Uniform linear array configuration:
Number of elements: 24
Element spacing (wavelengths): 1
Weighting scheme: exponential
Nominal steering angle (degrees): -60
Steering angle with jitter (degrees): -60.081
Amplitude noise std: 0.05
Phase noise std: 0.05

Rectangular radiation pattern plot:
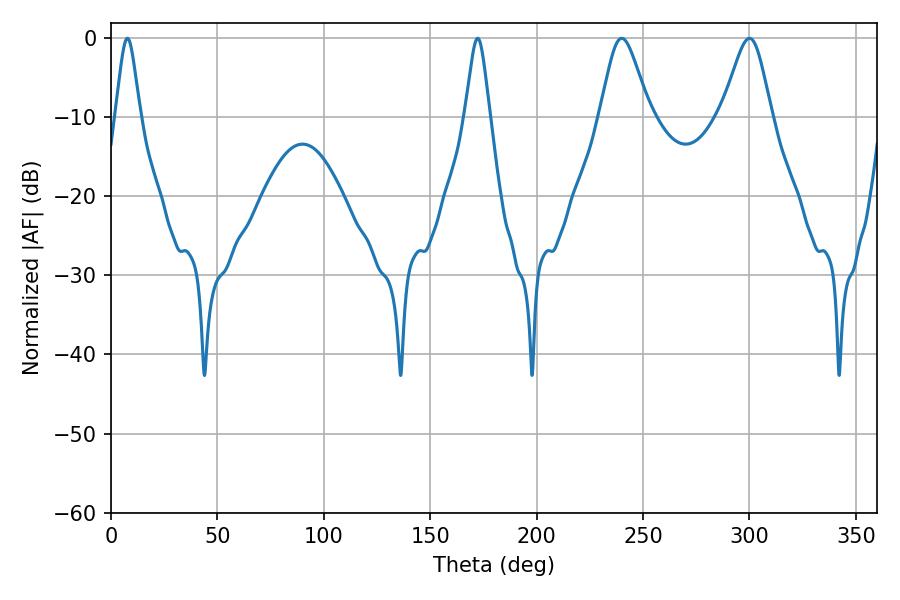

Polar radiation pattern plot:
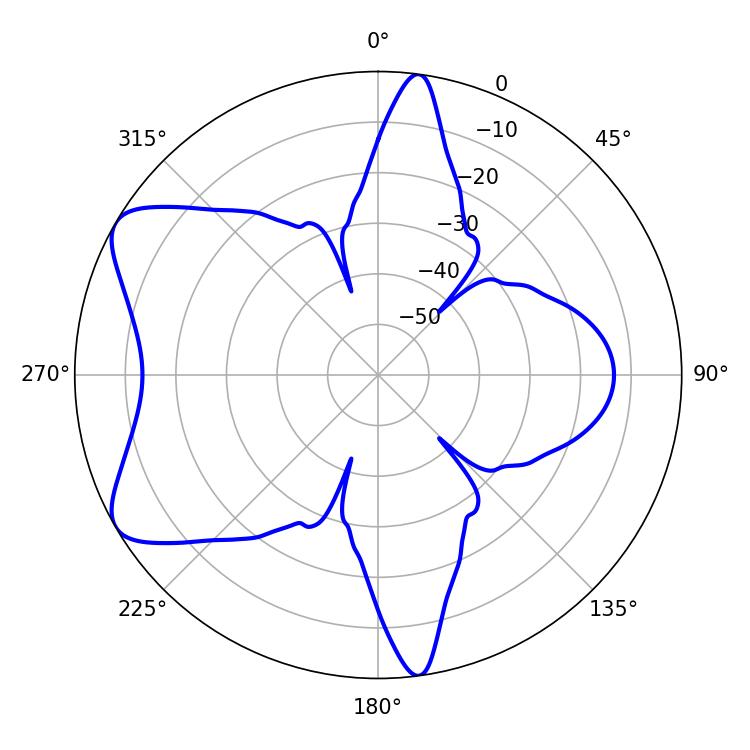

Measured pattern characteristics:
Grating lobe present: TRUE
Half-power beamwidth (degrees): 11.52
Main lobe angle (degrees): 239.94